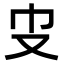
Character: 𠬥